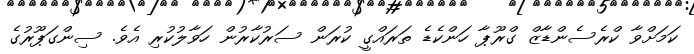
ކަމަށްވާ ކްރެސެންޑާޒް ގްރޫޕާ ހަންކެޑެ ތަރައްގީ ކުރަން ސަރުކާރުން ހަވާލުކުރި އެވެ. ސިންގަޕޫރުގެ